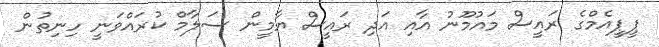
ޕީޕީއެމްގެ ރައީސް މައުމޫނު އާއި އަދި ރައީސް ޔާމީން ސަލާމް ކުރައްވަނީ ހިނިތުން